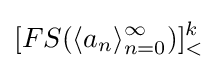
[FS(\langle a_{n}\rangle _{n=0}^{\infty })]_{<}^{k}